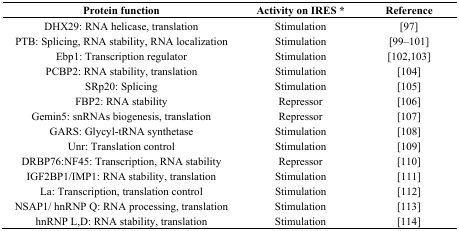
| Protein function | Activity on IRES * | Reference |
 | --- | --- | --- |
 | DHX29: RNA helicase, translation | Stimulation | [97] |
 | PTB: Splicing, RNA stability, RNA localization | Stimulation | [99–101] |
 | Ebp1: Transcription regulator | Stimulation | [102,103] |
 | PCBP2: RNA stability, translation | Stimulation | [104] |
 | SRp20: Splicing | Stimulation | [105] |
 | FBP2: RNA stability | Repressor | [106] |
 | Gemin5: snRNAs biogenesis, translation | Repressor | [107] |
 | GARS: Glycyl-tRNA synthetase | Stimulation | [108] |
 | Unr: Translation control | Stimulation | [109] |
 | DRBP76:NF45: Transcription, RNA stability | Repressor | [110] |
 | IGF2BP1/IMP1: RNA stability, translation | Stimulation | [111] |
 | La: Transcription, translation control | Stimulation | [112] |
 | NSAP1/hnRNP Q: RNA processing, translation | Stimulation | [113] |
 | hnRNP L,D: RNA stability, translation | Stimulation | [114] |